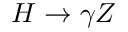
H \rightarrow \gamma Z